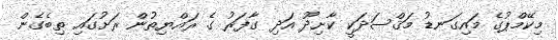
މިކޭމްޕުގެ މައިގަނޑު މަޤްސަދަކީ ކާށިދޫ އަދި ގާފަރު ގެ ރައްޔިތުން ރަށުގައި ތިބެގެން